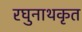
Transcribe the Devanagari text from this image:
रघुनाथकृत